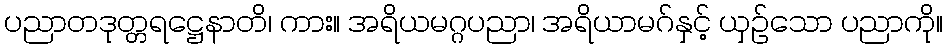
ပညာတဒုတ္တရဋ္ဌေနာတိ၊ ကား။ အရိယမဂ္ဂပညာ၊ အရိယာမဂ်နှင့် ယှဉ်သော ပညာကို။